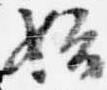
始